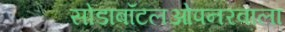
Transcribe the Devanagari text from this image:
सोडाबॉटलओपनरवाला